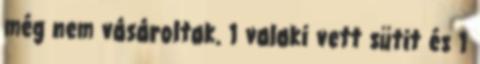
még nem vásároltak. 1 valaki vett sütit és 1